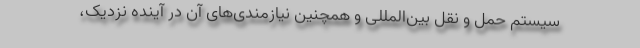
سیستم حمل و نقل بین‌المللی و همچنین نیازمندی‌های آن در آینده نزدیک،